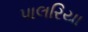
પાલરિયા